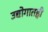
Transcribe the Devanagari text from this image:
उद्योगातही